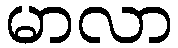
မာလာ